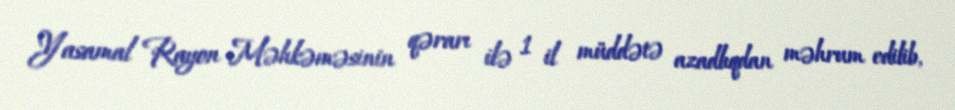
Yasamal Rayon Məhkəməsinin qərarı ilə 1 il müddətə azadlıqdan məhrum edilib,